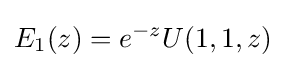
E_{1}(z)=e^{-z}U(1,1,z)